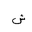
Letter: _shin